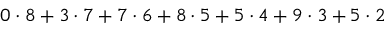
0 \cdot 8 + 3 \cdot 7 + 7 \cdot 6 + 8 \cdot 5 + 5 \cdot 4 + 9 \cdot 3 + 5 \cdot 2